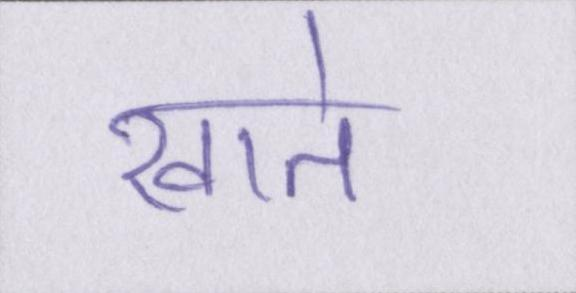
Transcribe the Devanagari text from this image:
खाते